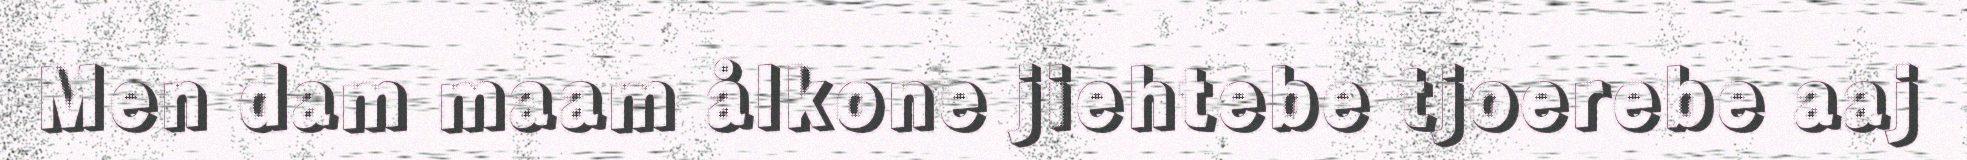
Men dam maam ålkone jiehtebe tjoerebe aaj